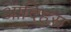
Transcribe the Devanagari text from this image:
आदिहंस